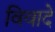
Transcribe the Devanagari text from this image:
विवादे